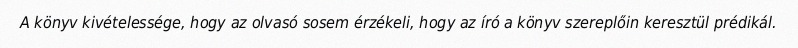
A könyv kivételessége, hogy az olvasó sosem érzékeli, hogy az író a könyv szereplőin keresztül prédikál.